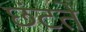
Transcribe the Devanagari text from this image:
छंटते